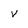
Character: v